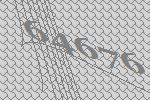
64676